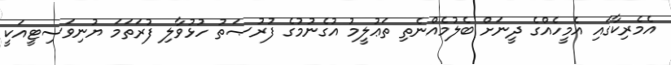
އެމެރިކާގައި އެމީހެއްގެ ދީނަށް ބެލުމެއްނެތި ތަޢުލީމު އުގެނުމުގެ ފުރުޞަތު ހުޅުވާލި ފުރަތަމަ ޔުނިވަސިޓީއަކީ